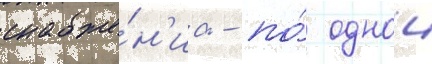
снабже́н'иа - по́ однои